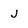
Character: J